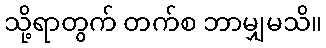
သို့ရာတွက် တက်စ ဘာမျှမသိ။